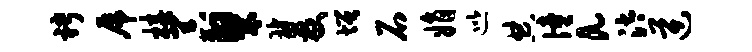
聘虎椿器粲双增石娟巡典僮a汰逆